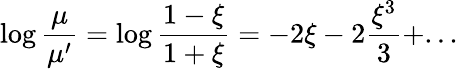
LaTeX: \log{\frac{\mu}{\mu^{\prime}}}=\log{\frac{1-\xi}{1+\xi}}=-2\xi-2{\frac{\xi^{3}}{3}}+...